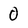
Character: 0